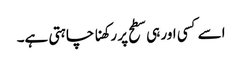
اسے کسی اور ہی سطح پر رکھنا چاہتی ہے۔